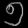
Digit: ၅